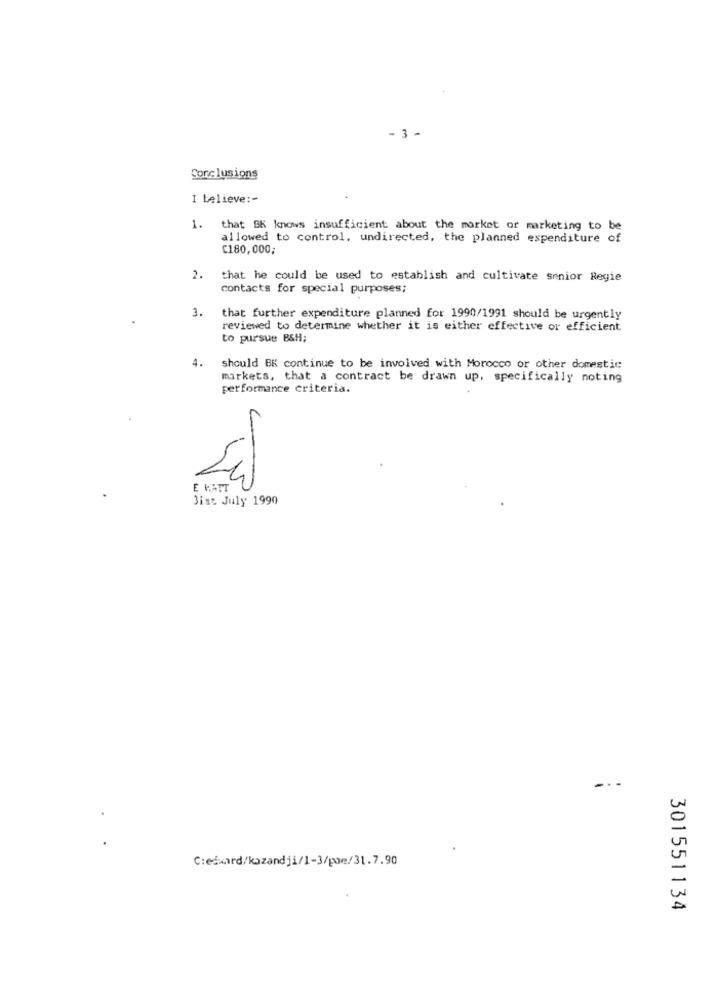
- 3 -
Conclusions
I believe :-
1. that SK knows insufficient about the market or marketing to be
allowed to control, undirected, the planned expenditure of
€180,000;
2. that he could be used to establish and cultivate senior Regie
contacts for special purposes;
3.
that further expenditure planned for 1990/1991 should be urgently
reviewed to determine whether it is either effective or efficient
to pursue BSH;
4.
should BK continue to be involved with Morocco or other domestic
markets, that a contract be drawn up, specifically noting
performance criteria.
C
E WATT
Bist July 1990
-..
301551134